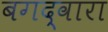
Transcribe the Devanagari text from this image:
बगद्वारा